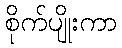
စိုက်ပျိုးကာ